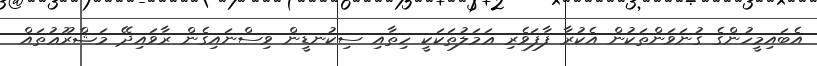
އެބައިމީހުންގެ ގުނަވަންތަކުން އެކުރާ ފާފަވެރި ޢަމަލުތަކަކީ ހިތާއި ސިކުނޑީން ވިސްނައިގެން ރާވައިދޭ މަޝްރޫޢުތައް